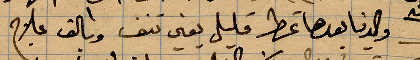
والدنيا بعدها تمطر فليل يعني تنف وبالق علاج